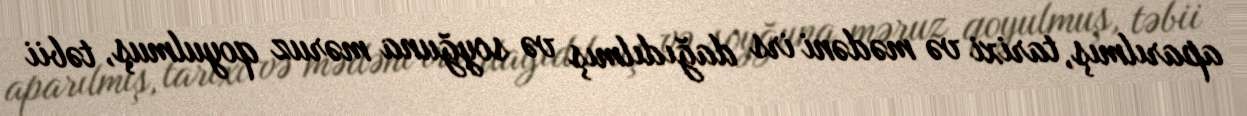
aparılmış, tarixi və mədəni irs dağıdılmış və soyğuna məruz qoyulmuş, təbii